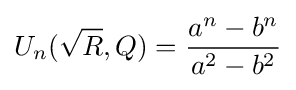
U_{n}({\sqrt {R}},Q)={\frac {a^{n}-b^{n}}{a^{2}-b^{2}}}